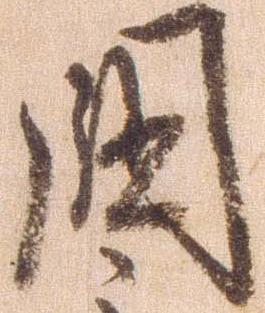
国